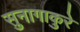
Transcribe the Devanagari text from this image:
सुनागाकुरे